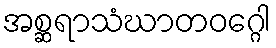
အစ္ဆရာသံဃာတဝဂ္ဂေါ